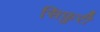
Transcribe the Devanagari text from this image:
सिफ़ुरी